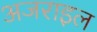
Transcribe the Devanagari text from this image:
अजराइल